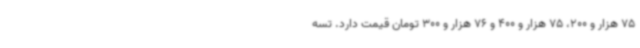
75 هزار و 200، 75 هزار و 400 و 76 هزار و 300 تومان قیمت دارد. تسه